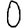
Digit: 0